Report on the metropolitan horse fairs and district horse shows of 1892-93 - 1892-1893
Year: 1892
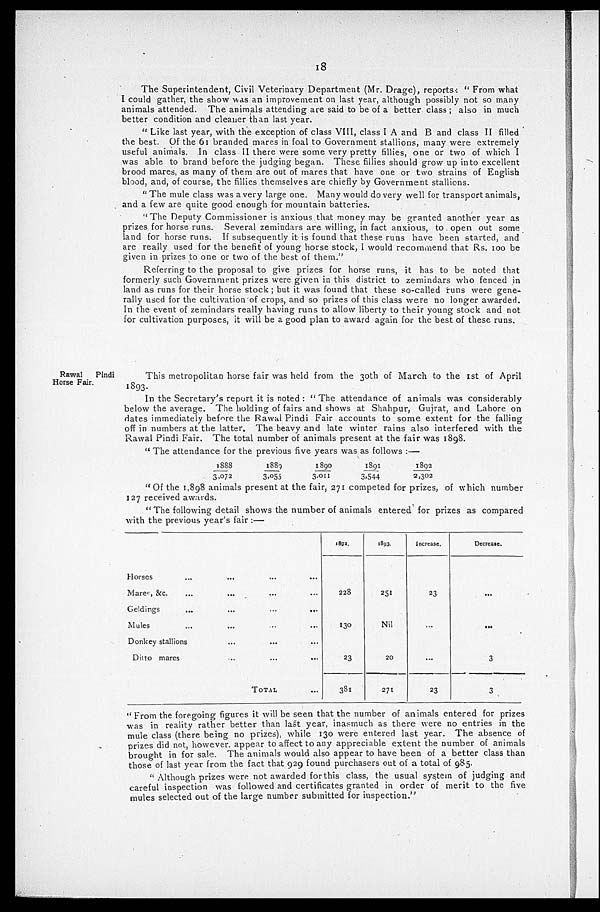
18
The Superintendent, Civil Veterinary Department (Mr. Drage), reports. "From what
I could gather, the show was an improvement on last year, although possibly not so many
animals attended. The animals attending are said to be of a better class; also in much
better condition and cleaner than last year.
"Like last year, with the exception of class VIII, class I A and B and class II filled
the best. Of the 61 branded mares in foal to Government stallions, many were extremely
useful animals. In class II there were some very pretty fillies, one or two of which 1
was able to brand before the judging began. These fillies should grow up into excellent
brood mares, as many of them are out of mares that have one or two strains of English
blood, and, of course, the fillies themselves are chiefly by Government stallions.
"The mule class was a very large one. Many would do very well for transport animals,
and a few are quite good enough for mountain batteries.
"The Deputy Commissioner is anxious that money may be granted another year as
prizes for horse runs. Several zemindars are willing, in fact anxious, to open out some
land for horse runs. If subsequently it is found that these runs have been started, and
are really used for the benefit of young horse stock, I would recommend that Rs. 100 be
given in prizes to one or two of the best of them."
Referring to the proposal to give prizes for horse runs, it has to be noted that
formerly such Government prizes were given in this district to zemindars who fenced in
land as runs for their horse stock; but it was found that these so-called runs were gene-
rally used for the cultivation of crops, and so prizes of this class were no longer awarded.
In the event of zemindars really having runs to allow liberty to their young stock and not
for cultivation purposes, it will be a good plan to award again for the best of these runs.
Rawal Pindi
Horse Fair.
This metropolitan horse fair was held from the 30th of March to the 1st of April
1893.
In the Secretary's report it is noted: "The attendance of animals was considerably
below the average. The holding of fairs and shows at Shahpur, Gujrat, and Lahore on
dates immediately before the Rawal Pindi Fair accounts to some extent for the falling
off in numbers at the latter. The heavy and late winter rains also interfered with the
Rawal Pindi Fair. The total number of animals present at the fair was 1898.
"The attendance for the previous five years was as follows:—
1888
3,072
1889
3,055
1890
3,011
1891
3,544
1892
2,302
"Of the 1,898 animals present at the fair, 271 competed for prizes, of which number
127 received awards.
"The following detail shows the number of animals entered for prizes as compared
with the previous year's fair:—
Horses ...
Mares, &c. ...
Geldings ...
Mules...
Donkey stallions
Ditto mares
...
...
...
...
...
...
...
...
...
...
...
...
TOTAL
...
...
...
...
...
...
1892.
228
130
23
381
1893.
251
Nil
20
271
Increase.
23
...
...
23
Decrease.
...
...
3
3
"From the foregoing figures it will be seen that the number of animals entered for prizes
was in reality rather better than last year, inasmuch as there were no entries in the
mule class (there being no prizes) while 130 were entered last year. The absence of
prizes did not, however, appear to affect to any appreciable extent the number of animals
brought in for sale. The animals would also appear to have been of a better class than
those of last year from the fact that 929 found purchasers out of a total of 985.
"Although prizes were not awarded for this class, the usual system of judging and
careful inspection was followed and certificates granted in order of merit to the five
mules selected out of the large number submitted for inspection."